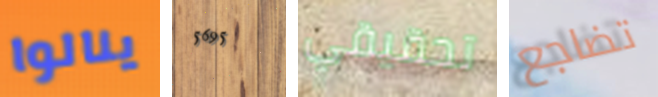
ينالوا 5695 تحقيقي تضاجع